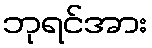
ဘုရင်အား